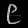
Digit: ၉